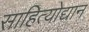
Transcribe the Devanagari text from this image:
साहित्योद्यान